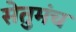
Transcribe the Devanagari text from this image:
सेतुमंच